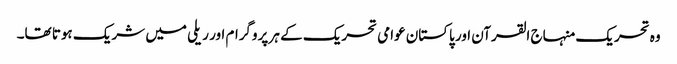
وہ تحریک منہاج القرآن اور پاکستان عوامی تحریک کے ہر پروگرام اور ریلی میں شریک ہوتا تھا۔